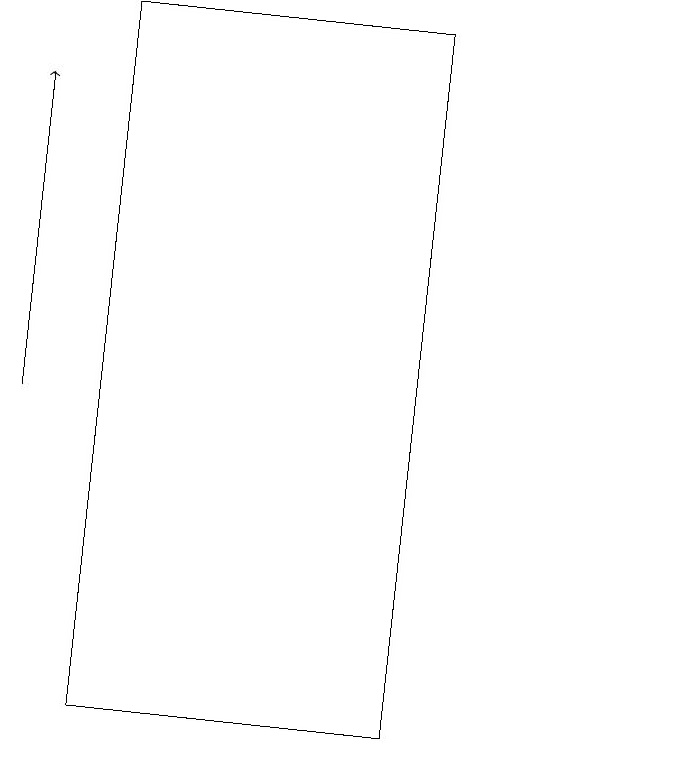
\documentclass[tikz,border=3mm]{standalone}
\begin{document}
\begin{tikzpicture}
\draw[->] (2,14) -- (2,18);
\draw (3,10) rectangle (7,19);
\draw (10,10) circle (0);
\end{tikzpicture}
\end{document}